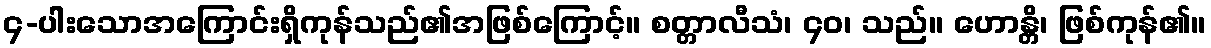
၄-ပါးသောအကြောင်းရှိကုန်သည်၏အဖြစ်ကြောင့်။ စတ္တာလီသံ၊ ၄၀၊ သည်။ ဟောန္တိ၊ ဖြစ်ကုန်၏။